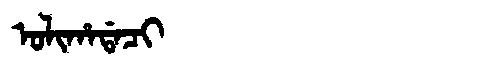
Manchu: ᠣᠯᡳᡥᠠᡩᠠᠴᡳ
Romanization: OLIHADACI